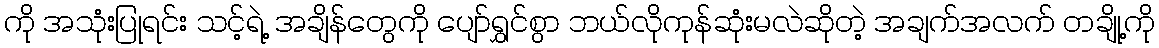
ကို အသုံးပြုရင်း သင့်ရဲ့ အချိန်တွေကို ပျော်ရွှင်စွာ ဘယ်လိုကုန်ဆုံးမလဲဆိုတဲ့ အချက်အလက် တချို့ကို